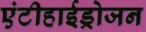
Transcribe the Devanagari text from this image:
एंटीहाईड्रोजन